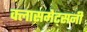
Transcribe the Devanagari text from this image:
क्लासमेट्सनी